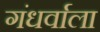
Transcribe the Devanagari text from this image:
गंधर्वाला